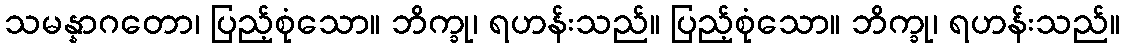
သမန္နာဂတော၊ ပြည့်စုံသော။ ဘိက္ခု၊ ရဟန်းသည်။ ပြည့်စုံသော။ ဘိက္ခု၊ ရဟန်းသည်။